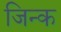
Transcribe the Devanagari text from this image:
जिन्क